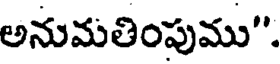
అనుమతింపుము".